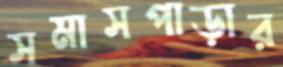
সমাসপাড়ার